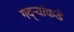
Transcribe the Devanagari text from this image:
गद्र्‍यांकडे